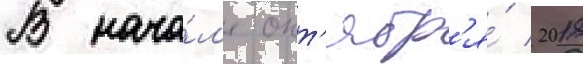
В нача́л'е окт'ябр'я́ 2018